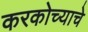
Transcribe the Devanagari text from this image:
करकोच्याचे